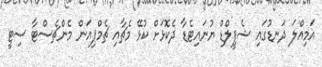
އަމިއްލަ ދަނޑުގައި ޝެފީލްޑް ޔުނައިޓެޑާ ދެކޮޅަށް ކުޅޭ މެޗާއި ޗެމްޕިއަން މެންޗެސްޓާ ސިޓީ